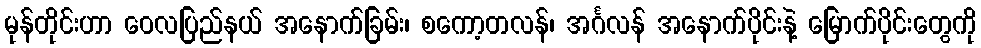
မုန်တိုင်းဟာ ဝေလပြည်နယ် အနောက်ခြမ်း၊ စကော့တလန်၊ အင်္ဂလန် အနောက်ပိုင်းနဲ့ မြောက်ပိုင်းတွေကို